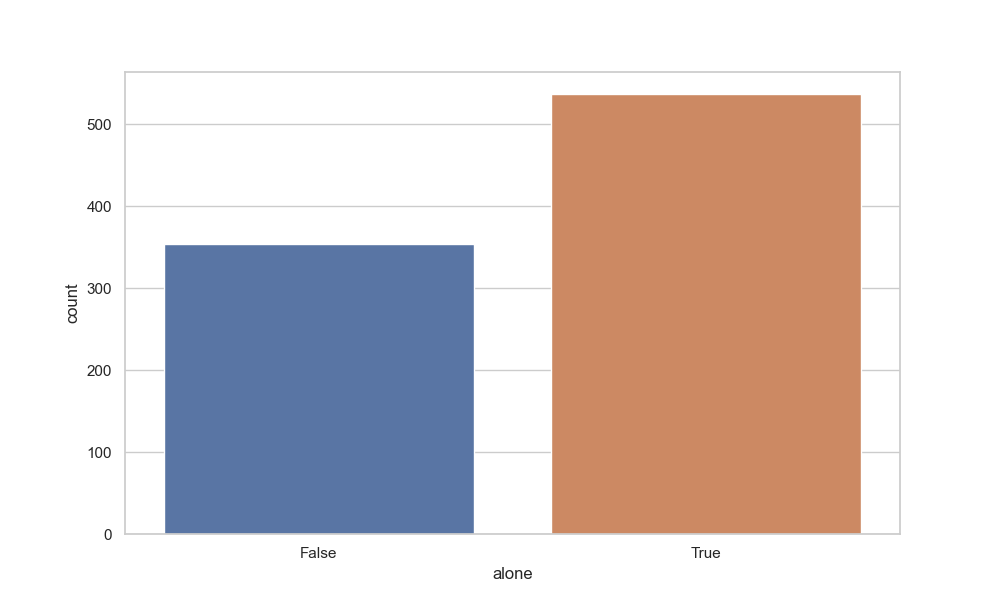
python, seaborn, countplot, x='alone', palette='deep', hue='None'